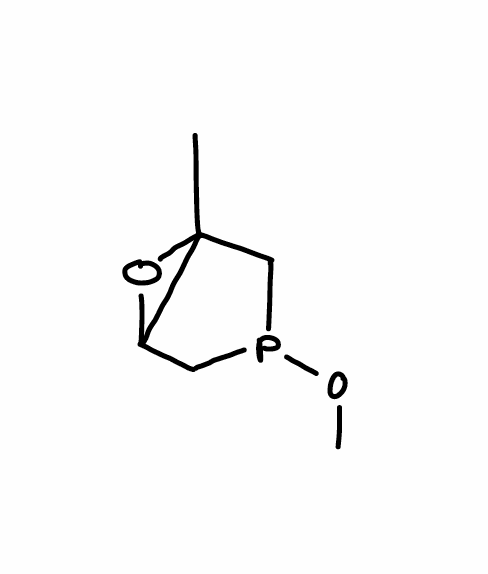
Simplified molecular-input line-entry system (SMILES) notation of the given molecule:
CC12CP(CC1O2)OC